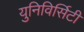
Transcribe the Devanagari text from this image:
युनिविर्सिटी